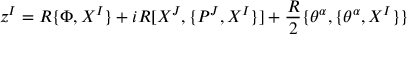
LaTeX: z ^ { I } = R \{ \Phi , X ^ { I } \} + i R [ X ^ { J } , \{ P ^ { J } , X ^ { I } \} ] + \frac { R } { 2 } \{ \theta ^ { \alpha } , \{ \theta ^ { \alpha } , X ^ { I } \} \}